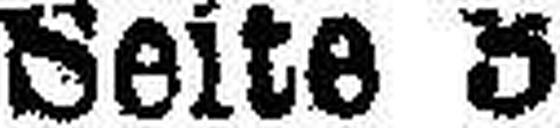
Seite 3